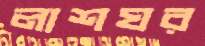
লাশঘর